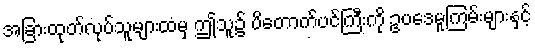
အခြားထုတ်လုပ်သူများထံမှ ဤသူ၌ ပိတောက်ပင်ကြီးကို ဥပဒေမူကြမ်းများနှင့်